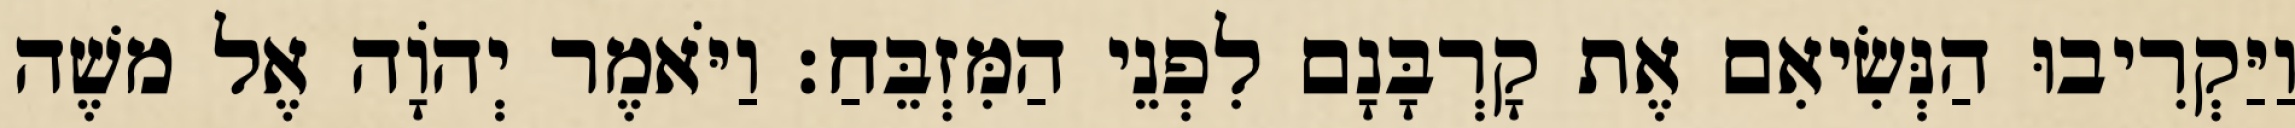
וַיַּקְרִיבוּ הַנְּשִׂיאִם אֶת קָרְבָּנָם לִפְנֵי הַמִּזְבֵּחַ׃ וַיֹּאמֶר יְהוָֹה אֶל משֶׁה